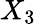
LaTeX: X_{3}